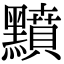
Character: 𪒰